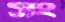
সং